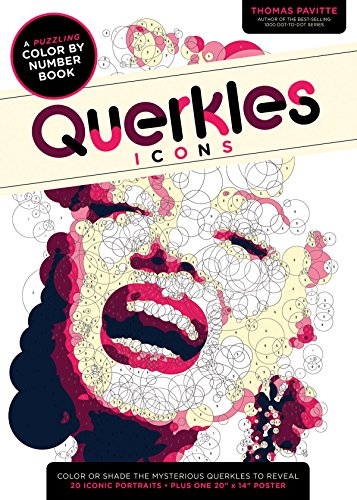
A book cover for Querkles: Icons; Thomas Pavitte; Humor & Entertainment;